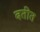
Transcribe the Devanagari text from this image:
बतीत